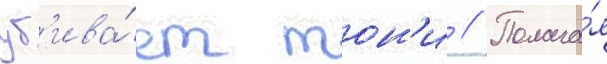
уб'ива́ет тон'и // Полага́я